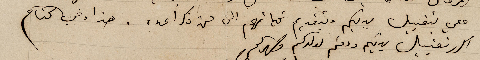
معي بتقبل يديكم وبتقديم تحياتهم الى من ذكر اعده. هذا وفي الختام